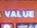
value